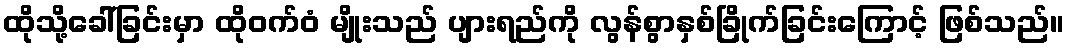
ထိုသို့ခေါ်ခြင်းမှာ ထိုဝက်ဝံ မျိုးသည် ပျားရည်ကို လွန်စွာနှစ်ခြိုက်ခြင်းကြောင့် ဖြစ်သည်။